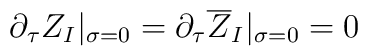
\partial_{\tau}Z_I|_{\sigma=0}=\partial_{\tau}\overline{Z}_I|_{\sigma=0}=0